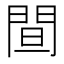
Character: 䦔